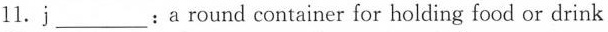
11. j___: a round container for holding food or drink